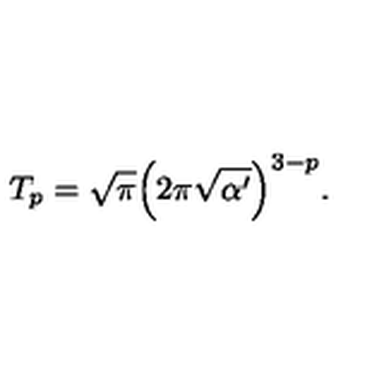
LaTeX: T _ { p } = \sqrt { \pi } \Big ( 2 \pi \sqrt { \alpha ^ { \prime } } \Big ) ^ { 3 - p } . \nonumber